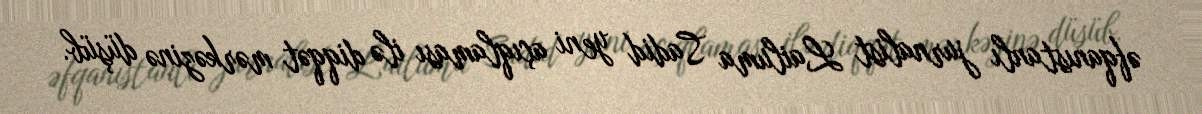
əfqanıstanlı jurnalist Lailuma Sadid yeni açıqlaması ilə diqqət mərkəzinə düşüb.